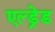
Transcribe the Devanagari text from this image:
एल्ड्रेड